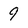
Character: 9